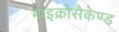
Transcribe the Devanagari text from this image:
माइक्रोसैकेण्ड